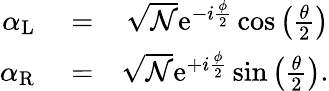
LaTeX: \begin{array}{rlr}{\alpha_{\mathrm{L}}}&{{}=}&{\sqrt{{\mathcal N}}\mathrm{e}^{-i\frac{\phi}{2}}\cos\left(\frac{\theta}{2}\right)}\\ {\alpha_{\mathrm{R}}}&{{}=}&{\sqrt{{\mathcal N}}\mathrm{e}^{+i\frac{\phi}{2}}\sin\left(\frac{\theta}{2}\right).}\end{array}